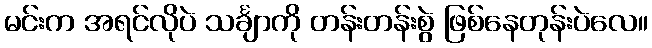
မင်းက အရင်လိုပဲ သင်္ချာကို တန်းတန်းစွဲ ဖြစ်နေတုန်းပဲလေ။